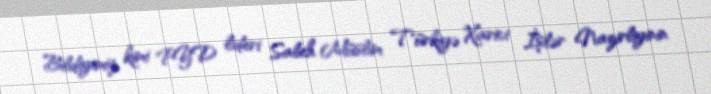
Bildiyimiz kimi PYD lideri Saleh Müslim Türkiyə Xarici İşlər Nazirliyinin